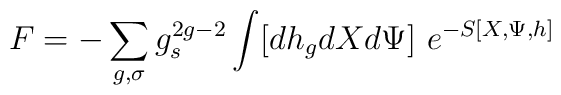
F=-\sum_{g,\sigma}g_s^{2g-2} \int [dh_gdXd\Psi]~e^{-S[X,\Psi,h]}